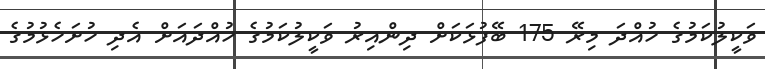
ވަކީލުކަމުގެ ހުއްދަ މިރޭ 175 ބޭފުޅަކަށް ދިންއިރު ވަކީލުކަމުގެ ހުއްދައަށް އެދި ހުށަހެޅުމުގެ